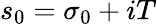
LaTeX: s_{0}=\sigma_{0}+iT